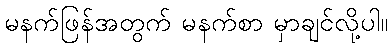
မနက်ဖြန်အတွက် မနက်စာ မှာချင်လို့ပါ။